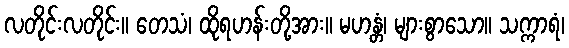
လတိုင်းလတိုင်း။ တေသံ၊ ထိုရဟန်းတို့အား။ မဟန္တံ၊ များစွာသော။ သက္ကာရံ၊